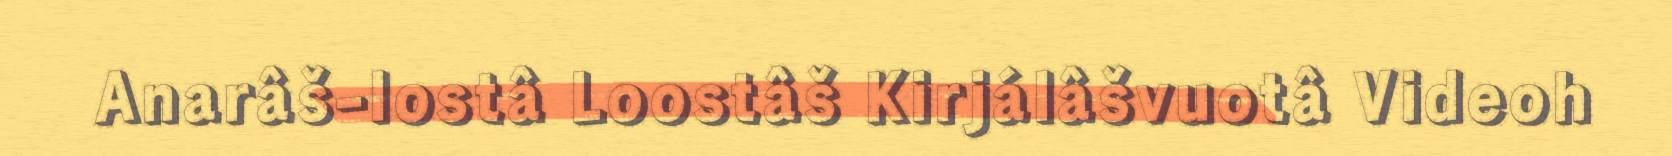
Anarâš-lostâ Loostâš Kirjálâšvuotâ Videoh